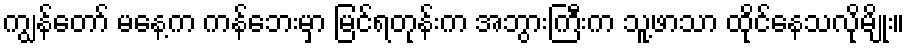
ကျွန်တော် မနေ့က ကန်ဘေးမှာ မြင်ရတုန်းက အဘွားကြီးက သူ့ဖာသာ ထိုင်နေသလိုမျိုး။